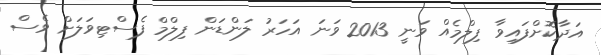
އަދާކޮށްފައިވާ ފިލްމެއް ވަނީ 2013 ވަނަ އަހަރު ލަންޑަން ފިލްމް ފެސްޓިވަލަށް ވެސް